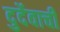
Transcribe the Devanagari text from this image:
दुर्देवाची